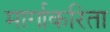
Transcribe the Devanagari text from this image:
मार्गाकरिता